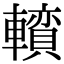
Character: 𨏅